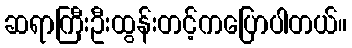
ဆရာကြီးဦးထွန်းတင့်ကပြောပါတယ်။